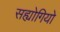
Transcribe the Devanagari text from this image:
सह्योगियो